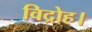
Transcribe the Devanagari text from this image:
विद्रोह।